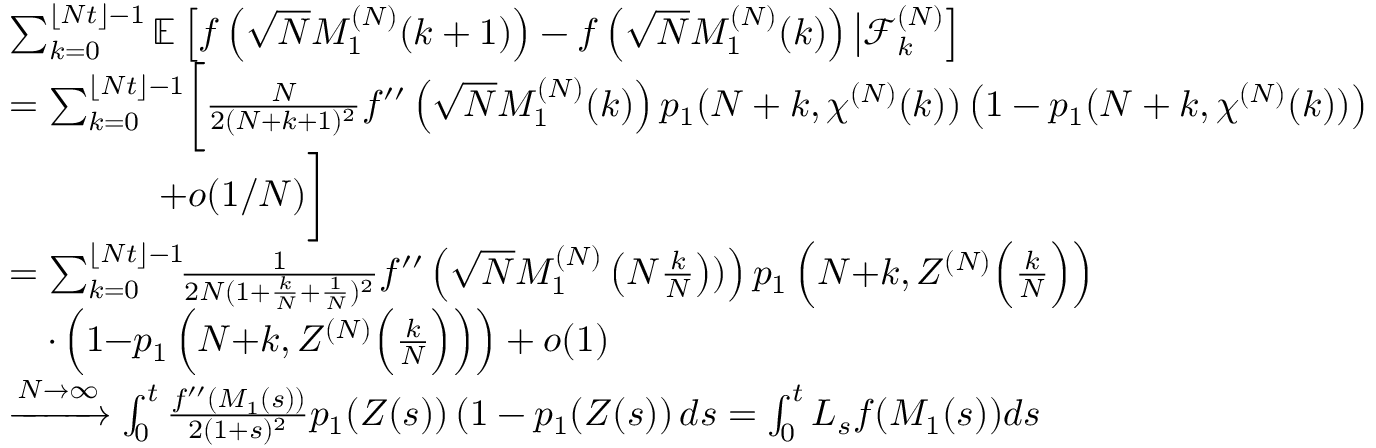
\begin{array} { r l } & { \sum _ { k = 0 } ^ { \lfloor N t \rfloor - 1 } \mathbb { E } \left[ f \left( \sqrt { N } M _ { 1 } ^ { ( N ) } ( k + 1 ) \right) - f \left( \sqrt { N } M _ { 1 } ^ { ( N ) } ( k ) \right) \big | \mathcal { F } _ { k } ^ { ( N ) } \right] } \\ & { = \sum _ { k = 0 } ^ { \lfloor N t \rfloor - 1 } \biggl [ \frac { N } { 2 ( N + k + 1 ) ^ { 2 } } f ^ { \prime \prime } \left( \sqrt { N } M _ { 1 } ^ { ( N ) } ( k ) \right) p _ { 1 } ( N + k , \chi ^ { ( N ) } ( k ) ) \left( 1 - p _ { 1 } ( N + k , \chi ^ { ( N ) } ( k ) ) \right) } \\ & { \qquad \qquad + o ( 1 / N ) \biggr ] } \\ & { = \sum _ { k = 0 } ^ { \lfloor N t \rfloor - 1 } \! \! \frac { 1 } { 2 N ( 1 + \frac { k } { N } + \frac { 1 } { N } ) ^ { 2 } } f ^ { \prime \prime } \left( \sqrt { N } M _ { 1 } ^ { ( N ) } \left( N \frac { k } { N } \right) ) \right) p _ { 1 } \left( N { + } k , Z ^ { ( N ) } \Big ( \frac { k } { N } \Big ) \right) } \\ & { \quad \cdot \left( 1 { - } p _ { 1 } \left( N { + } k , Z ^ { ( N ) } \Big ( \frac { k } { N } \Big ) \right) \right) + o ( 1 ) } \\ & { \xrightarrow { N \to \infty } \int _ { 0 } ^ { t } \frac { f ^ { \prime \prime } ( M _ { 1 } ( s ) ) } { 2 ( 1 + s ) ^ { 2 } } p _ { 1 } ( Z ( s ) ) \left( 1 - p _ { 1 } ( Z ( s ) \right) d s = \int _ { 0 } ^ { t } L _ { s } f ( M _ { 1 } ( s ) ) d s } \end{array}